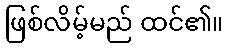
ဖြစ်လိမ့်မည် ထင်၏။